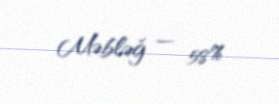
Məbləğ — 58%